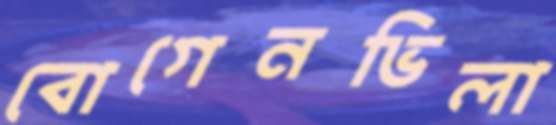
বোগেনভিলা